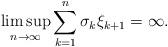
LaTeX: \begin{align*}\limsup_{n\to \infty} \sum_{k=1}^n \sigma_k \xi_{k+1}=\infty.\end{align*}